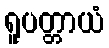
ရူပတ္တာယံ